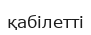
қабілетті